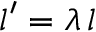
l ^ { \prime } = \lambda \, l